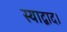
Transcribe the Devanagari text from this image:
स्याद्वाद।